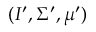
( I ^ { \prime } , \Sigma ^ { \prime } , \mu ^ { \prime } )